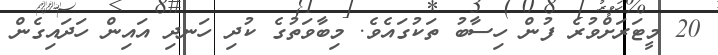
20 މީޓަރަށްވުރެ ފުން ހިސާބު ތަކުގައެވެ. މިބާވަތުގެ ކުދި ހަނދި އައިން ހަދައިގެން